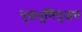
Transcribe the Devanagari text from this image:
युद्धभूमिपूजन